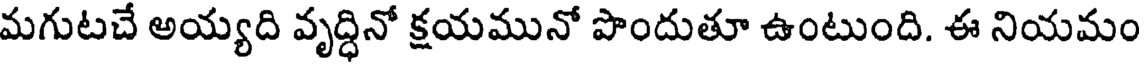
మగుటచే అయ్యది వృద్ధినో క్షయమునో పొందుతూ ఉంటుంది. ఈ నియమం